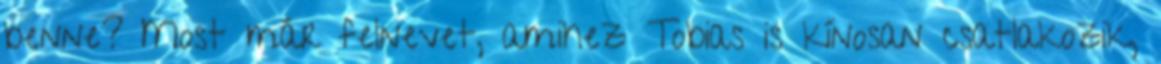
benne? Most már felnevet, amihez Tobias is kínosan csatlakozik,